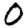
Digit: 0